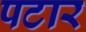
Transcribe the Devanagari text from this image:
पटार